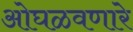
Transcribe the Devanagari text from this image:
ओघळवणारे